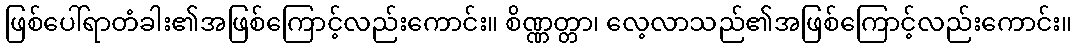
ဖြစ်ပေါ်ရာတံခါး၏အဖြစ်ကြောင့်လည်းကောင်း။ စိဏ္ဏတ္တာ၊ လေ့လာသည်၏အဖြစ်ကြောင့်လည်းကောင်း။